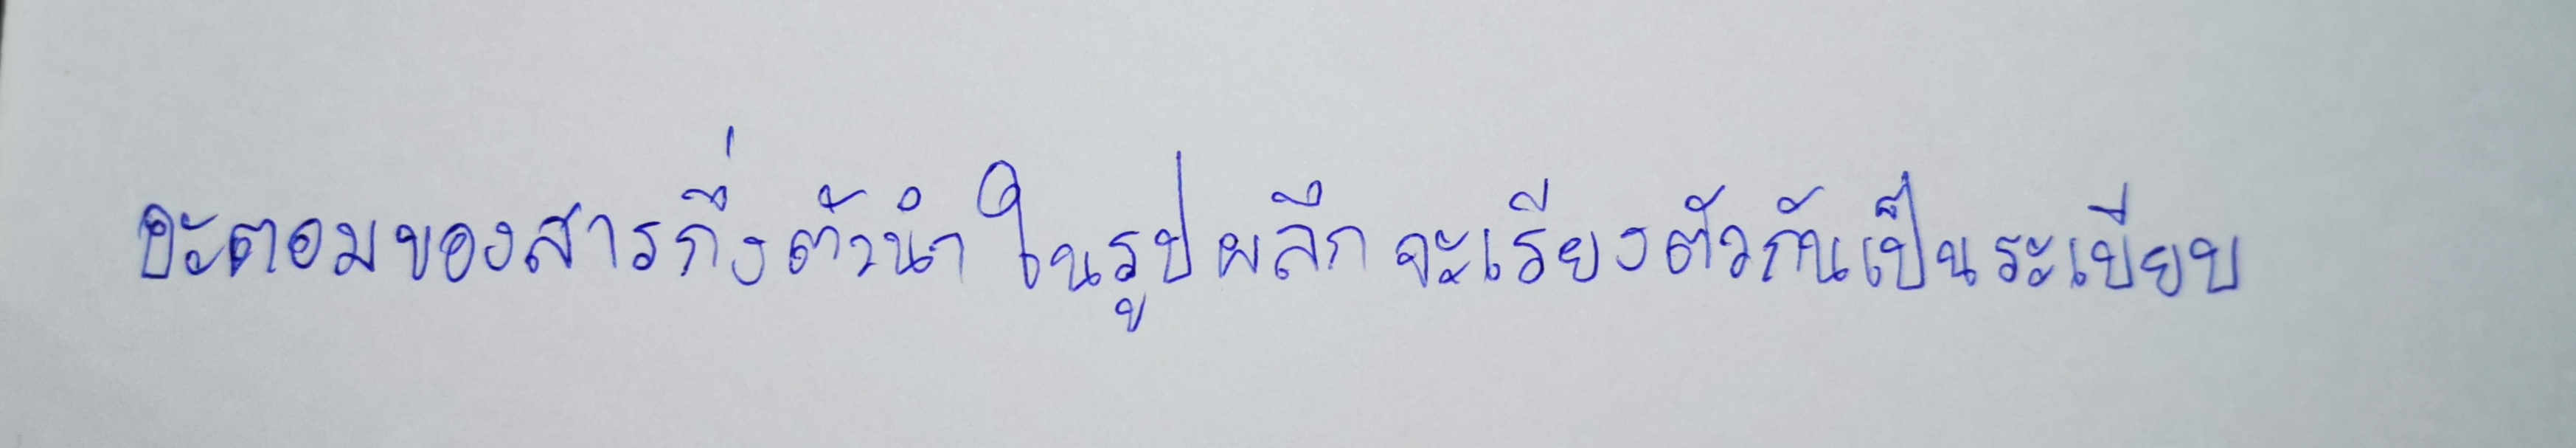
อะตอมของสารกึ่งตัวนำในรูปผลึกจะเรียงตัวกันเป็นระเบียบ